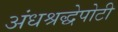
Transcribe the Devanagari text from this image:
अंधश्रद्धेपोटी